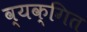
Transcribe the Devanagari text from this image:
व्यक्गित